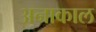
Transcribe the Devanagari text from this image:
अनाकाल